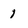
Character: 1